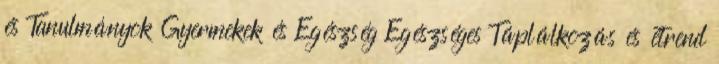
és Tanulmányok Gyermekek és Egészség Egészséges Táplálkozás és étrend